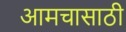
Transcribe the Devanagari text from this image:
आमचासाठी